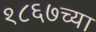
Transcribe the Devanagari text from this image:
१८६७च्या